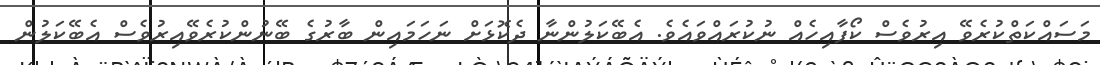
މަސައްކަތްކުރެވޭ އިރުވެސް ކޯފާއިހެއް ނުކުރައްވައެވެ. އެބޭކަލުންނާ ދެކޮޅަށް ނަހަމައިން ބާރުގެ ބޭނުންކުރެވޭއިރުވެސް އެބޭކަލުން